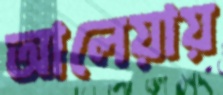
আলেয়ায়